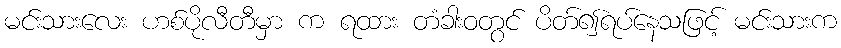
မင်းသားလေး ဟစ်ပိုလီတီမှာ က ရထား တံခါးဝတွင် ပိတ်၍ရပ်နေသဖြင့် မင်းသားက